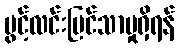
ပွင့်လင်းမြင်သာမှုရှိရန်